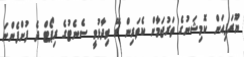
ޔޫރަޕިއަން ކޮމިޝަނުގެ ތަރުޖަމާން ކެތަރިން ރޭ ވިދާޅުވީ ސެނެޓުގެ ރިޕޯޓް ދެ ފުށްފެންނަ